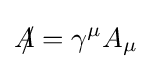
A\!\!\!/=\gamma ^{\mu }A_{\mu }